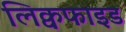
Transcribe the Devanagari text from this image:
लिक्वफाइड